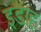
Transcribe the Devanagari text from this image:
इंडाह